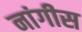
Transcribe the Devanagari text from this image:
नांगीस